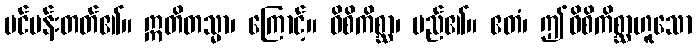
ပင်ပန်းတတ်၏။ ဣတိတသ္မာ၊ ကြောင့်။ ဝိစိကိစ္ဆာ၊ မည်၏။ ဧတံ၊ ဤဝိစိကိစ္ဆာဟူသော